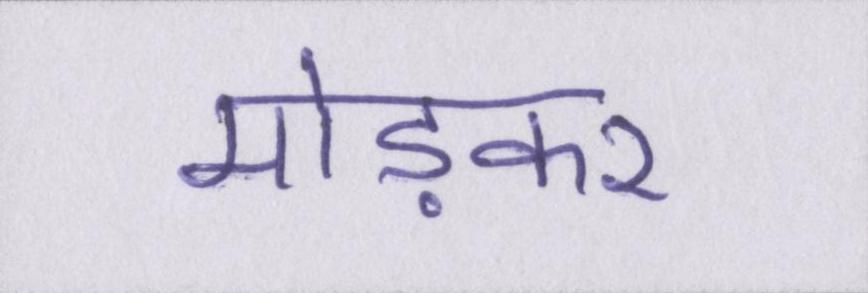
मोड़कर